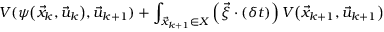
V ( \psi \big ( \vec { x } _ { k } , \vec { u } _ { k } \big ) , \vec { u } _ { k + 1 } ) + \int _ { \vec { x } _ { k + 1 } \in X } \left( \vec { \xi } \cdot ( \delta t ) \right) V \big ( \vec { x } _ { k + 1 } , \vec { u } _ { k + 1 } \big )